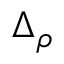
\Delta _ { \rho }